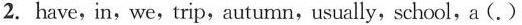
2.have, in,we,trip,autumn,usually, school,a (.)